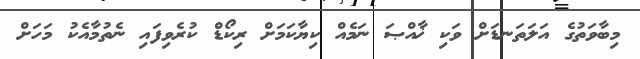
މިބާވަތުގެ އަލަތަނޑަށް ވަކި ޚާއްޞަ ނަމެއް ކިޔާކަމަށް ރިކޯޑް ކުރެވިފައި ނެތުމާއެކު މަހަށް